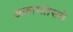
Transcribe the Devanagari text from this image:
अकाम्प्रोसते